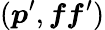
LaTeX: (\boldsymbol{p}^{\prime},\boldsymbol{ff}^{\prime})